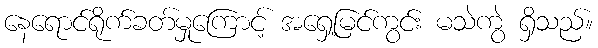
နေရောင်ရိုက်ခတ်မှုကြောင့် အရှေ့မြင်ကွင်း မသဲကွဲ ရှိသည်။